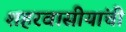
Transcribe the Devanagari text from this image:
शहरवासीयांची